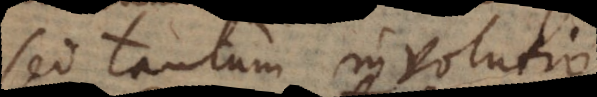
sed tantum involutio.